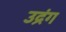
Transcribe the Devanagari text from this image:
उद्रंग